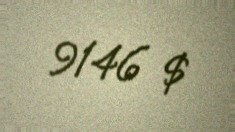
9146 $